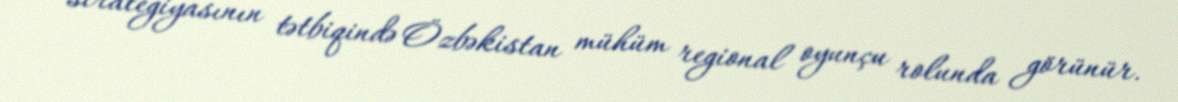
strategiyasının tətbiqində Özbəkistan mühüm regional oyunçu rolunda görünür.